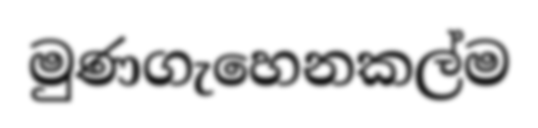
මුණගැහෙනකල්ම